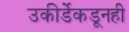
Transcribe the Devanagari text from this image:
उकीर्डेकडूनही